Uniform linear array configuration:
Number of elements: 4
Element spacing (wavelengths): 0.5
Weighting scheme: hamming
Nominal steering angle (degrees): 60
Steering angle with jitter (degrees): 58.645
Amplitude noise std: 0.05
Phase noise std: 0.05

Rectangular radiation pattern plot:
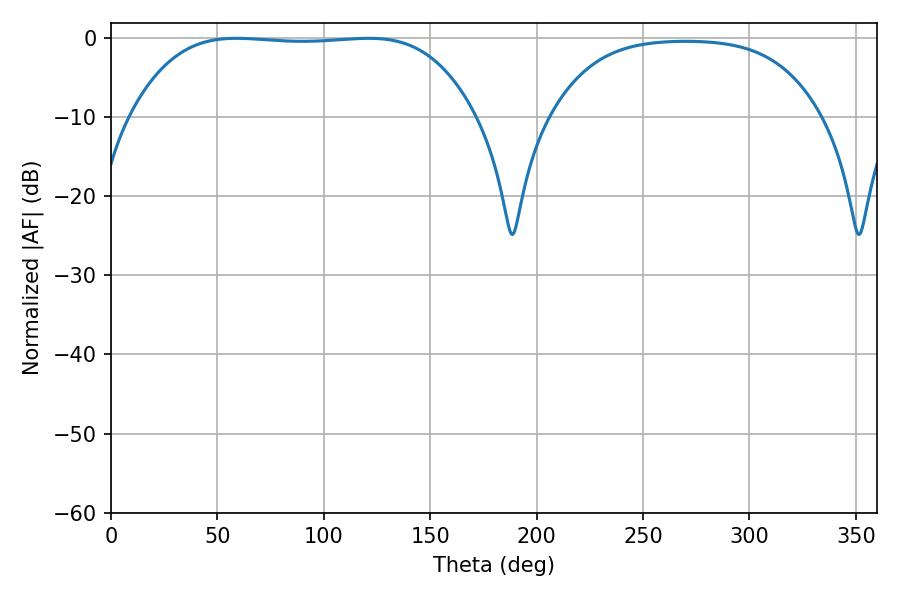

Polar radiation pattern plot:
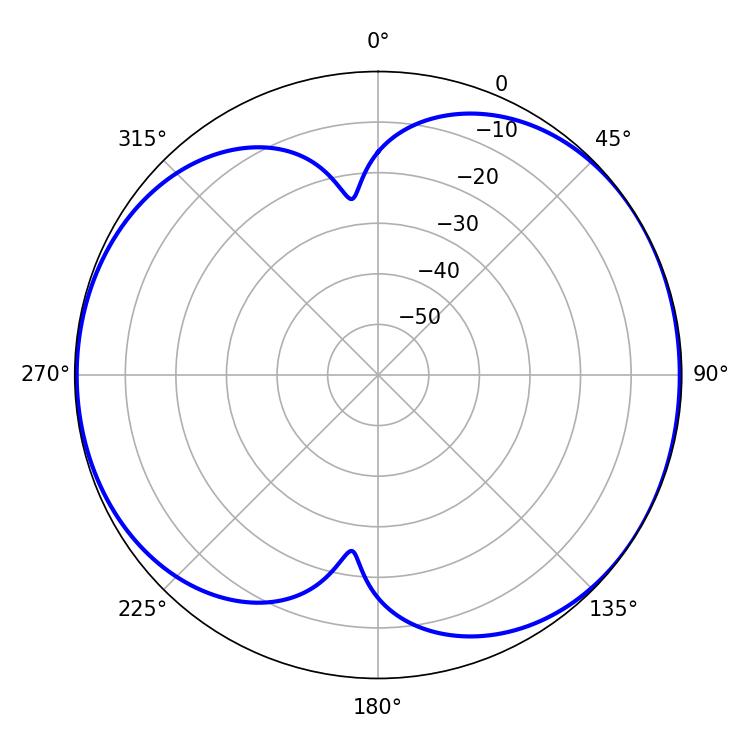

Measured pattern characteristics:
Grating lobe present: FALSE
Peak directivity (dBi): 6.214
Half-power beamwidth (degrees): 125.64
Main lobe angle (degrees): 59.04